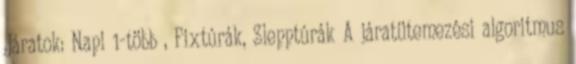
Járatok: Napi 1-több , Fixtúrák, Slepptúrák A járatütemezési algoritmus